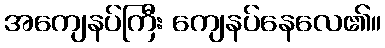
အကျေနပ်ကြီး ကျေနပ်နေလေ၏။